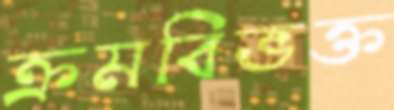
ক্রমবিভক্ত